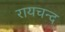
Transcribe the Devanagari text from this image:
रायचन्द